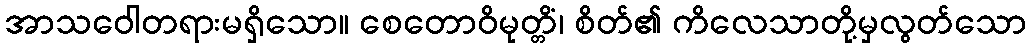
အာသဝေါတရားမရှိသော။ စေတောဝိမုတ္တိံ၊ စိတ်၏ ကိလေသာတို့မှလွတ်သော